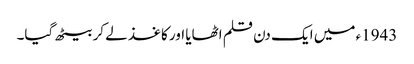
1943ء میں ایک دن قلم اٹھایا اور کاغذ لے کر بیٹھ گیا۔